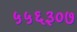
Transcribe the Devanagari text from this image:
५५६३०७